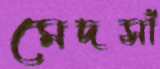
মেদসাঁ